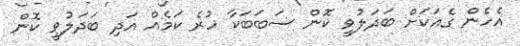
އެހެން ގެއަކަށް ބަދަލުވީ ކޮން ސަބަބަކާ ހުރެ ކަމެއް އަދި ބަދަލުވީ ކޮން